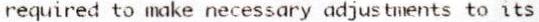
REQUIRED TO MAKE NECESSARY ADJUSTMENTS TO ITS